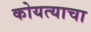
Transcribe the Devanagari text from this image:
कोयत्याचा